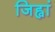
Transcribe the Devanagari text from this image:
जिह्वां